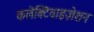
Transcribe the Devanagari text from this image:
कलेक्टिवाइज़ेशन